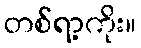
တစ်ရာ့ကိုး။